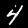
Label: 4